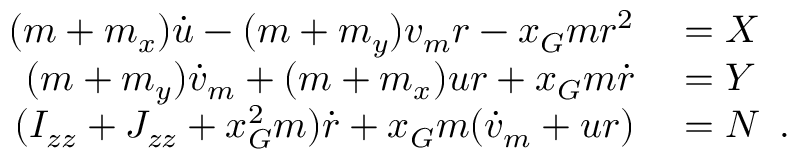
\begin{array} { r l } { ( m + m _ { x } ) \dot { u } - ( m + m _ { y } ) v _ { m } r - x _ { G } m r ^ { 2 } } & { { } = X } \\ { ( m + m _ { y } ) \dot { v } _ { m } + ( m + m _ { x } ) u r + x _ { G } m \dot { r } } & { { } = Y } \\ { ( I _ { z z } + J _ { z z } + x _ { G } ^ { 2 } m ) \dot { r } + x _ { G } m ( \dot { v } _ { m } + u r ) } & { { } = N \enspace . } \end{array}